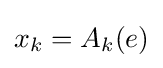
\textstyle x_{k}=A_{k}(e)